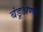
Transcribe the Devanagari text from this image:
बंडूअण्णा